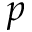
p